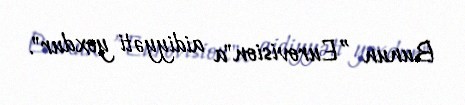
Bunun ”Eurovision"a aidiyyəti yoxdur".